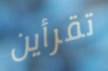
تقرأين